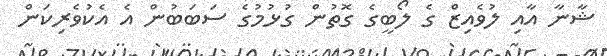
ޝާނާ އާއި ލުވެއިޒް ގެ ލޯބީގެ ގޮތުން ގުޅުމުގެ ސަބަބުން އެ އެކުވެރިކަން